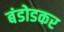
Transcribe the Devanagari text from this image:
बंडोडकर